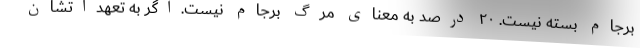
برجام بسته نیست. ۲۰ درصد به معنای مرگ برجام نیست.اگر به تعهداتشان